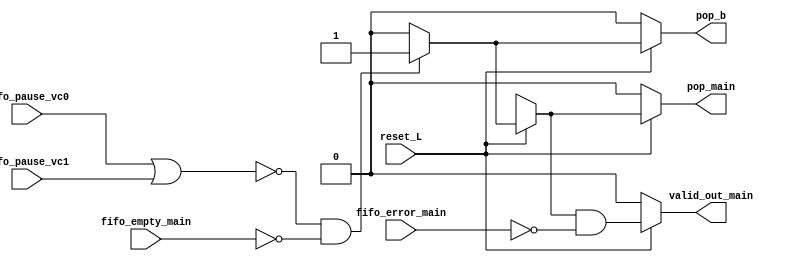
module input_flow(
    input reset_L,
    input fifo_pause_vc0,
    input fifo_pause_vc1,
    input fifo_empty_main,
    input fifo_error_main,
    output reg pop_main,
    output reg pop_b,
    output reg valid_out_main
);
// cambios
always @(*)begin
    if(~reset_L)begin
        pop_main='b0;
        pop_b='b0;
        valid_out_main='b0;
    end
    else begin
       if ( !(fifo_pause_vc0|fifo_pause_vc1) && !fifo_empty_main) begin
           pop_main='b1;
           pop_b='b1;
       end 
       else begin
           pop_main='b0;
           pop_b='b0;
       end 
       valid_out_main= (pop_main)&& (!fifo_error_main);
    end
end


endmodule